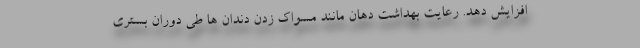
افزایش دهد. رعایت بهداشت دهان مانند مسواک زدن دندان ها طی دوران بستری